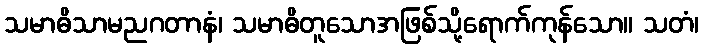
သမာဓိသာမညဂတာနံ၊ သမာဓိတူသောအဖြစ်သို့ရောက်ကုန်သော။ သတံ၊